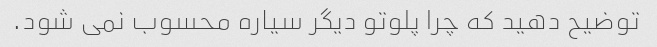
توضیح دهید که چرا پلوتو دیگر سیاره محسوب نمی شود.